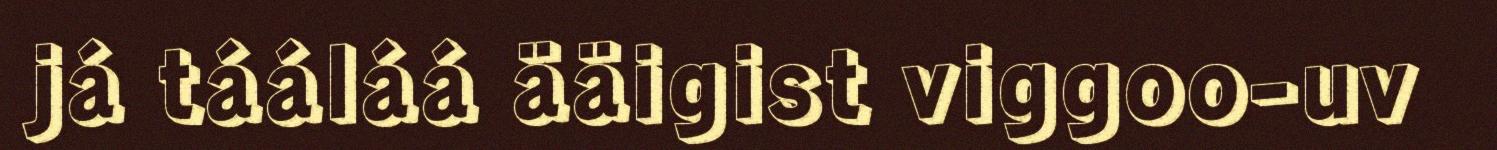
já tááláá ääigist viggoo-uv